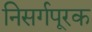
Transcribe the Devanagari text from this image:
निसर्गपूरक